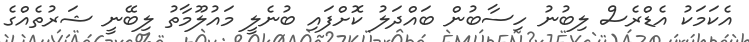
އެކަމަކު އެޑްރެސް ލިބުނު ހިސާބުން ބައްދަލު ކޮށްފައި ބުނެލީ މައުލޫމާތު ލިބޭނީ ޝަރުތެއްގެ